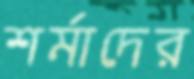
শর্মাদের